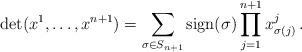
LaTeX: \begin{align*}\det(x^1, \dots, x^{n+1}) = \sum_{\sigma \in S_{n+1}} \textnormal{sign}(\sigma) \prod_{j=1}^{n+1} x^j_{\sigma(j)} \, .\end{align*}